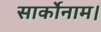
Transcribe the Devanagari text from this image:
सार्कोनाम।